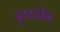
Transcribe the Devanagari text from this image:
दृष्टहीन